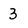
Character: 3